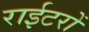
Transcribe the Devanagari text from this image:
राईटरों